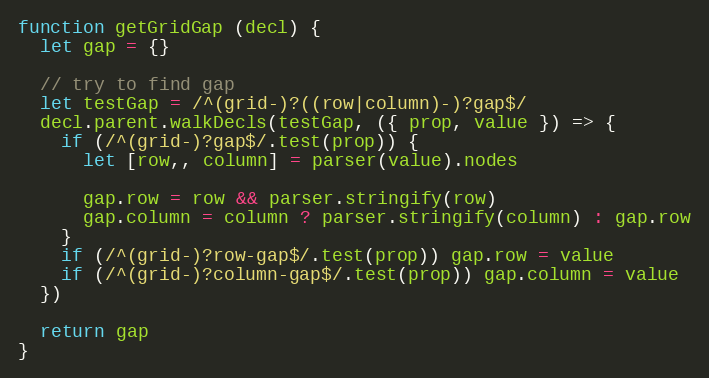
Language: JavaScript
function getGridGap (decl) {
  let gap = {}

  // try to find gap
  let testGap = /^(grid-)?((row|column)-)?gap$/
  decl.parent.walkDecls(testGap, ({ prop, value }) => {
    if (/^(grid-)?gap$/.test(prop)) {
      let [row,, column] = parser(value).nodes

      gap.row = row && parser.stringify(row)
      gap.column = column ? parser.stringify(column) : gap.row
    }
    if (/^(grid-)?row-gap$/.test(prop)) gap.row = value
    if (/^(grid-)?column-gap$/.test(prop)) gap.column = value
  })

  return gap
}